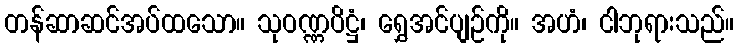
တန်ဆာဆင်အပ်ထသော။ သုဝဏ္ဏပိဋ္ဌံ၊ ရွှေအင်ပျဉ်ကို။ အဟံ၊ ငါဘုရားသည်။